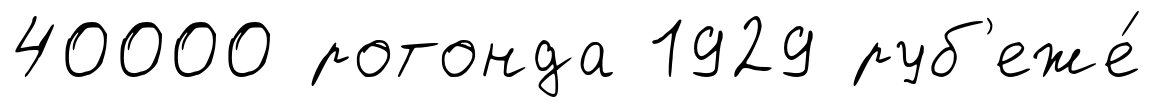
40000 ротонда 1929 руб'еже́